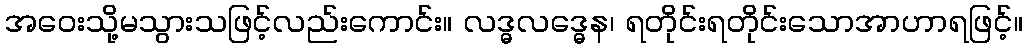
အဝေးသို့မသွားသဖြင့်လည်းကောင်း။ လဒ္ဓလဒ္ဓေန၊ ရတိုင်းရတိုင်းသောအာဟာရဖြင့်။